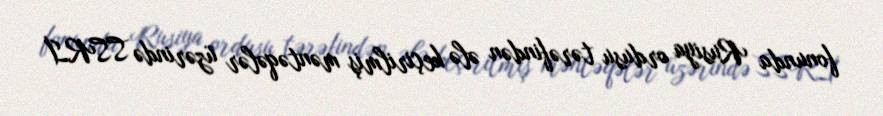
fonunda Rusiya ordusu tərəfindən ələ keçirilmiş məntəqələr üzərində SSRİ